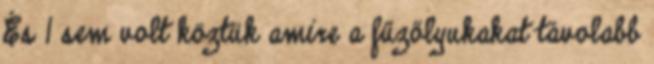
És 1 sem volt köztük amire a fűzőlyukakat távolabb